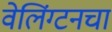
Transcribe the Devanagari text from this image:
वेलिंग्टनचा